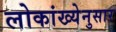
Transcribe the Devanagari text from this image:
लोकांख्येनुसार